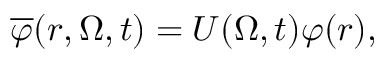
\overline { { \boldsymbol { \varphi } } } ( r , \boldsymbol { \Omega } , t ) = \boldsymbol { U } ( \boldsymbol { \Omega } , t ) \boldsymbol { \varphi } ( r ) ,